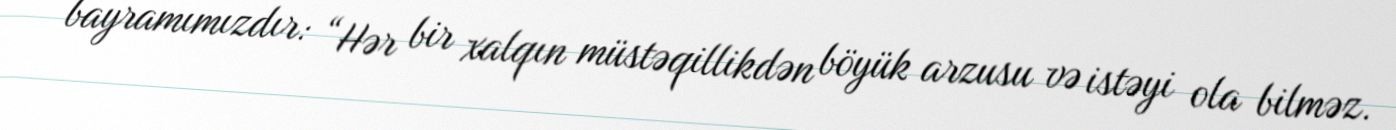
bayramımızdır: “Hər bir xalqın müstəqillikdən böyük arzusu və istəyi ola bilməz.